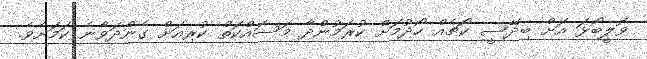
ވޮލީބޯޅަ އަށް ބިދޭސީ ކޯޗެއް ހޯދުމަށް ކުރަމުންދާ މަސައްކަތް ކުރިއަށް ގެންދަވާނެ ކަމަށެވެ.